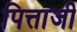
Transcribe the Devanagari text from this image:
पित्ताजी